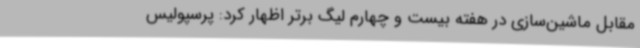
مقابل ماشین‌سازی در هفته بیست و چهارم لیگ برتر اظهار کرد: پرسپولیس